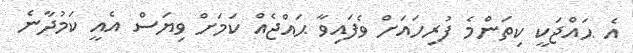
އެ ޙައްޖަކީ ކިތަންމެ ފުރިހަައަށް ވެފައިވާ ޙައްޖެއް ކަމަށް ވިޔަސް އެއީ ކަމުދާނެ